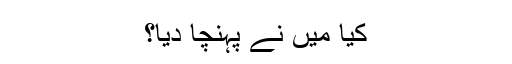
کیا میں نے پہنچا دیا؟